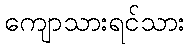
ကျောသားရင်သား